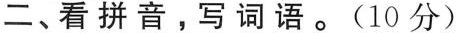
二、看拼音，写词语。(10分)